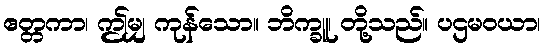
ဧတ္တကာ၊ ဤမျှ ကုန်သော။ ဘိက္ခူ၊ တို့သည်။ ပဌမဝယာ၊